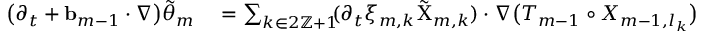
\begin{array} { r l } { \bigl ( \partial _ { t } + \ensuremath { \mathbf { b } } _ { m - 1 } \cdot \nabla \bigr ) \tilde { \theta } _ { m } } & { { } = \sum _ { k \in 2 \ensuremath { \mathbb { Z } } + 1 } \! \! ( \partial _ { t } \xi _ { m , k } \tilde { \Chi } _ { m , k } ) \cdot \nabla \bigl ( T _ { m - 1 } \circ X _ { m - 1 , l _ { k } } \bigr ) \circ X _ { m - 1 , l _ { k } } ^ { - 1 } } \end{array}